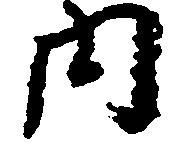
内